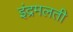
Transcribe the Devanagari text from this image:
इंद्रमलती